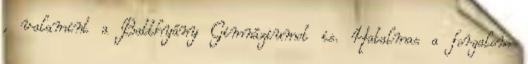
, valamint a Batthyány Gimnáziumot is. Hatalmas a forgalom